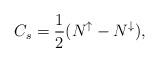
LaTeX: \begin{align*}C_s=\frac{1}{2}(N^\uparrow -N^\downarrow),\end{align*}